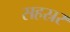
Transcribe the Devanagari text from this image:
सहस्रर